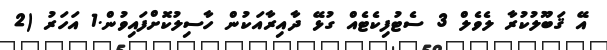
އޭ ޤަބޫލުކުރާ ލެވެލް 3 ސެޓުފިކެޓެއް ގުޅޭ ދާއިރާއަކުން ހާސިލުކޮށްފައިވުން.1 އަހަރު (2